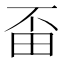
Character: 𤰺